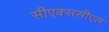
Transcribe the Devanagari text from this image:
सीएक्ससीएल